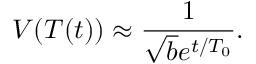
V ( T ( t ) ) \approx \frac { 1 } { \sqrt { b } e ^ { t / T _ { 0 } } } .